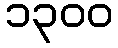
၁၃၀၀